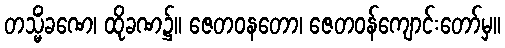
တသ္မိံခဏေ၊ ထိုခဏ၌။ ဇေတဝနတော၊ ဇေတဝန်ကျောင်းတော်မှ။